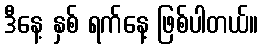
ဒီနေ့ နှစ် ရက်နေ့ ဖြစ်ပါတယ်။